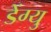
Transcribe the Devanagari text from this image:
डेंग्यु